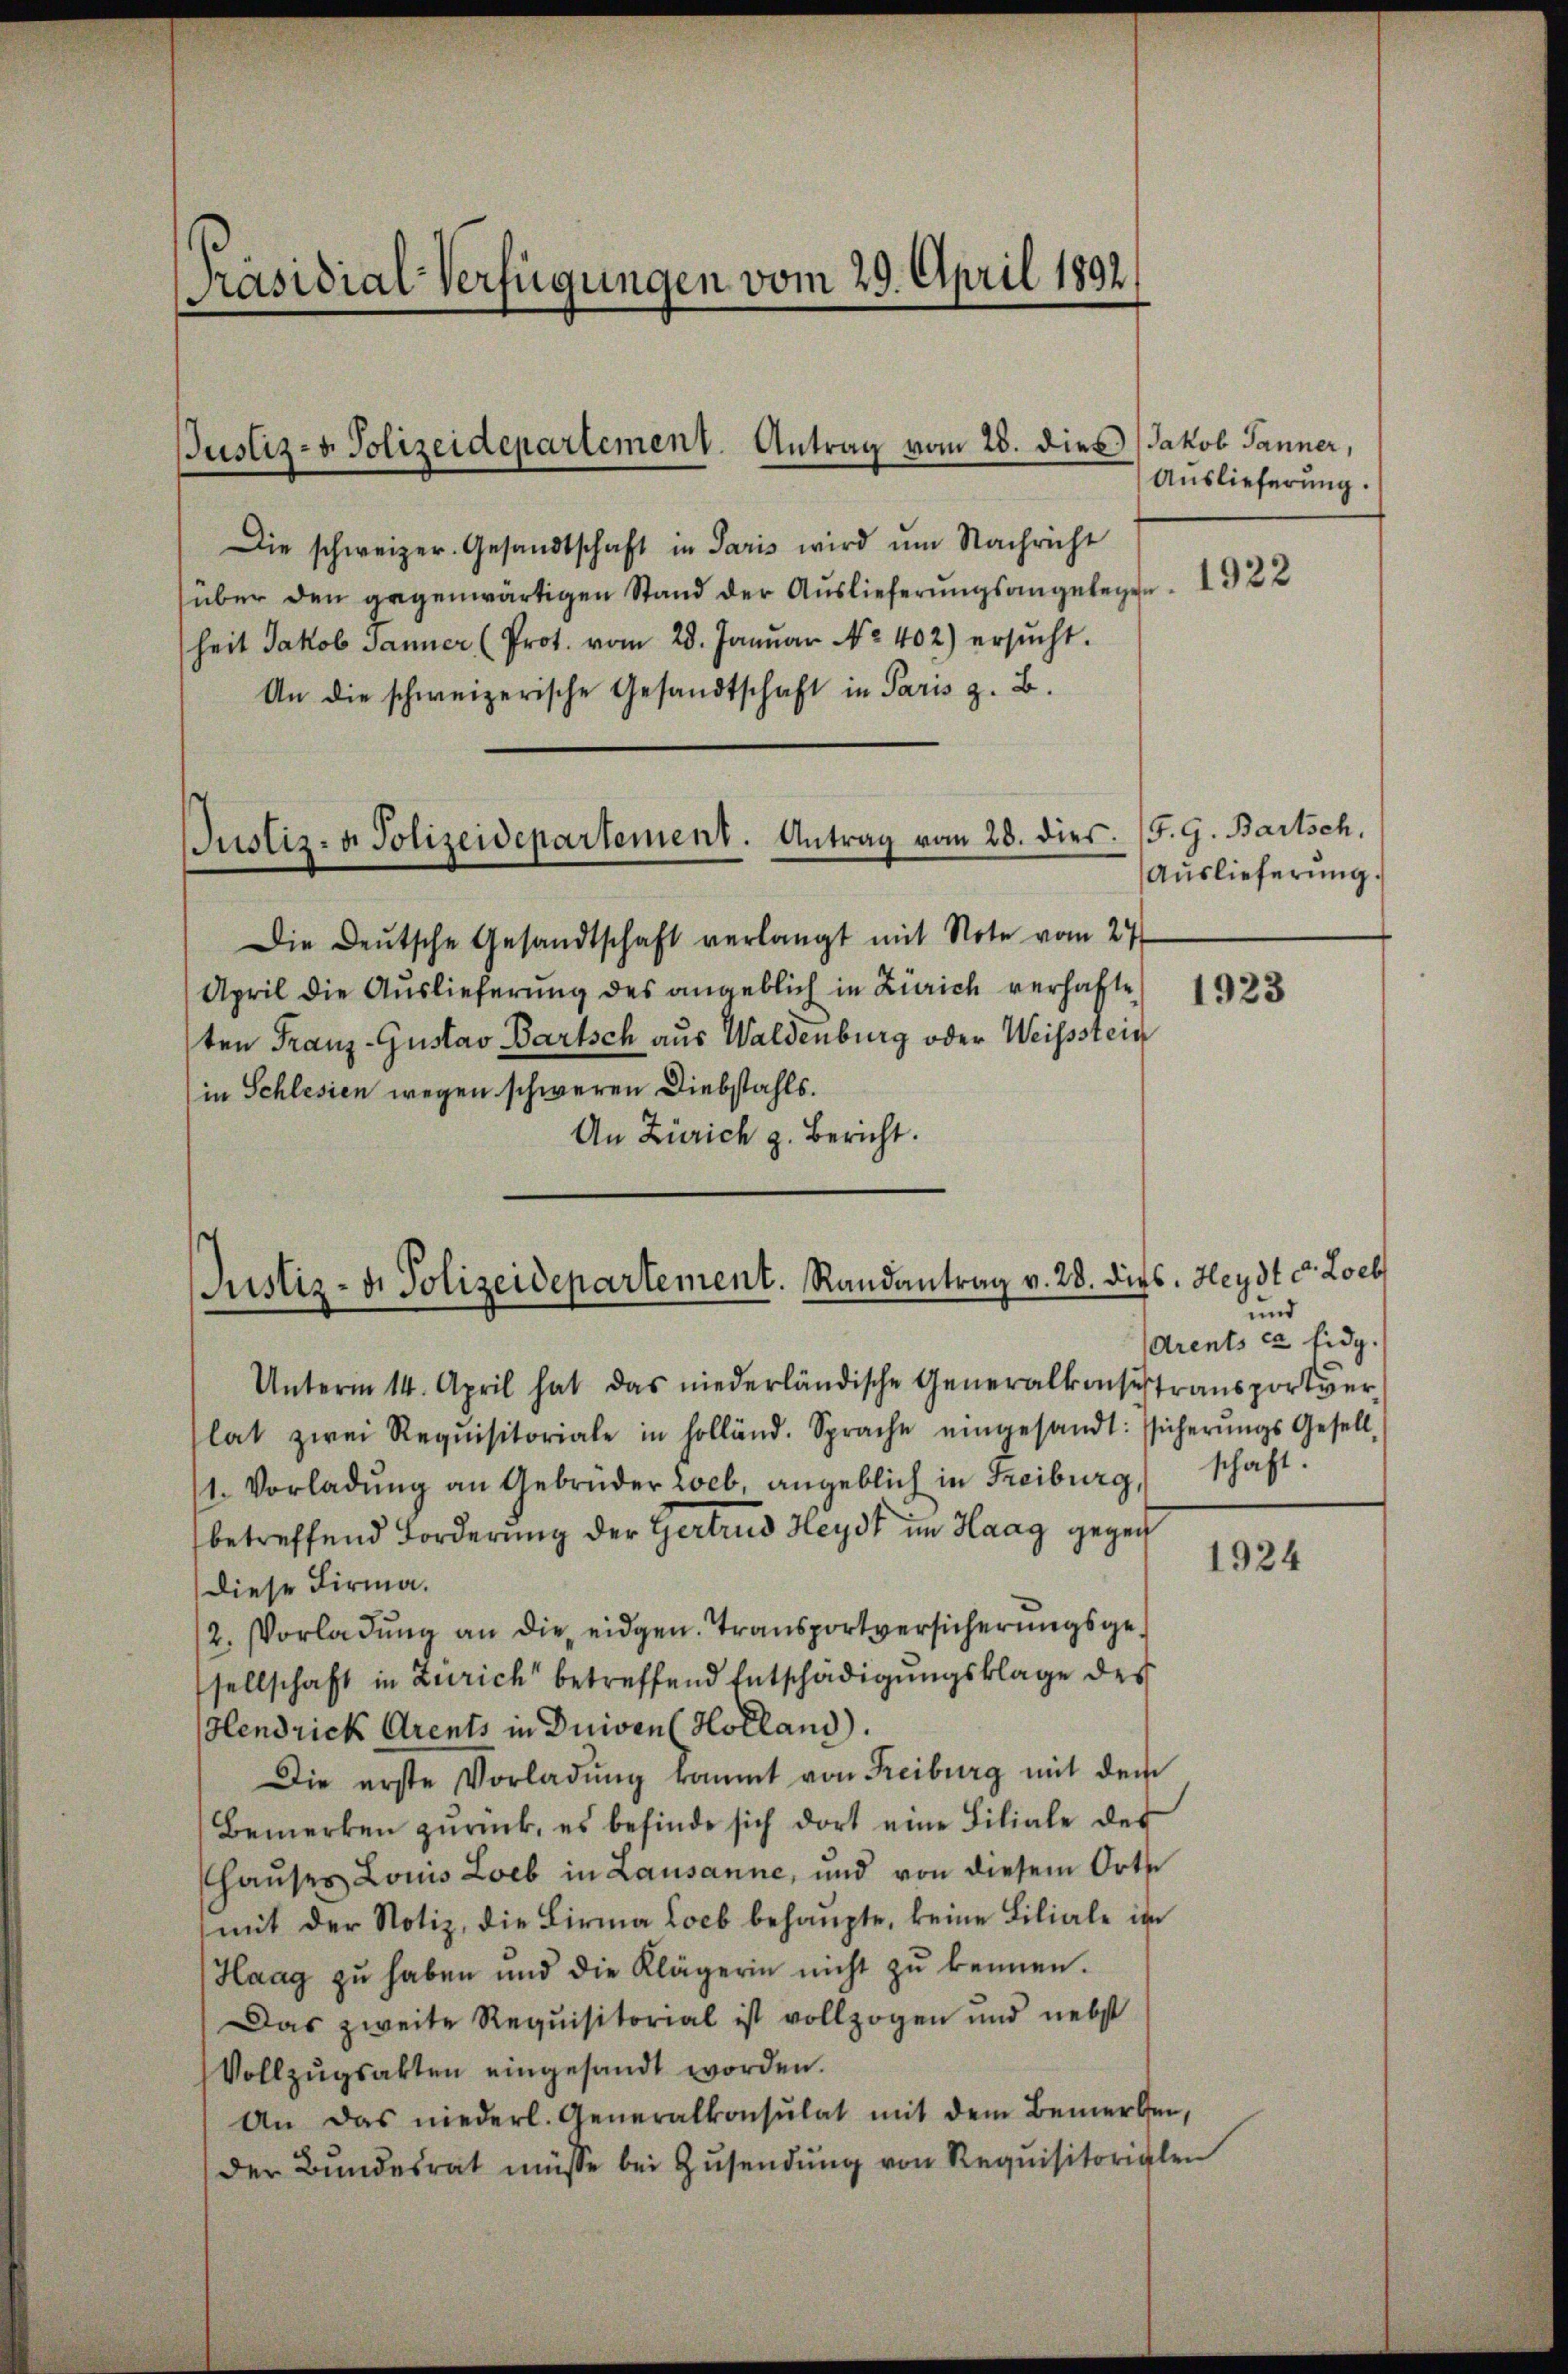
Präsidial-Verfügungen vom 29. April 1892.

Justiz- & Polizeidepartement. Antrag vom 28. dies Jakob Jänner,

Justiz- & Polizeidepartement. Antrag vom 28. dies. (T. G. Bartsch.

Die schweizer. Gesandtschaft in Paris wird um Nachricht
über den gegenwärtigen Stand der Auslieferungsangelege
heit Jakob Jänner (Prot. vom 28. Januar No. 402) ersŭcht.
An die schweizerische Gesandtschaft in Paris z. B.
Die Deutsche Gesandtschaft verlangt mit Note vom 24
April die Auslieferung des angeblich in Zürich verhafte
ten Franz-Gustav Bartsch aus Waldenburg oder Weisstein
in Schlesien wegen schweren Diebstahls.
An Zürich z. Bericht.

Justiz- & Polizeidepartement. Randantrag v. 28. dies. Heydt c. Loeb

Auslieferung.

1922

Auslieferung.

Unterm 14. April hat das niederländische Generalkonsistransportverlat zwei Requisitoriale in Holländ. Sprache eingesandt: sicherŭngs Gesell-
1. Vorladung an Gebrüder Leb angeblich in Freiburg,
betreffend Forderung der Gertrud Heydt im Haag gegen
diese Firma.
2. Vorladung an die eidgen. Transportversicherungsgesellschaft in Zürich betreffend Entschädigungsklage des
Hendrick Arents in Duiven (Holland).
Die erste Vorladŭng kommt von Freiburg mit dem
Bemerken zurück, es befinde sich dort eine Filiale des
hauses Louis Loeb in Lausanne, und von diesem Orts
mit der Notiz, die Birma Loeb behaŭpte, keine Liliale im
Haag zŭ haben und die Klägerin nicht zŭ kennen.
Das zweite Requisitorial ist vollzogen und nebst
Vollzŭgsakten eingesandt worden.
An das niederl. Generalkonsulat mit dem Bemerken,
der Bundesrat müsse bei Zŭsendŭng von Requisitorialen

1923

und
drents ca Eidg.
schaft.

1924